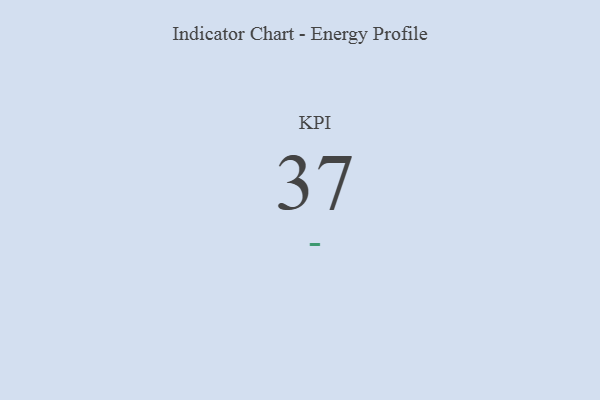
{"axis": {"x": "KPI", "y": "Value"}, "legend": [""], "data": [{"x": "KPI", "y": 37, "type": ""}]}